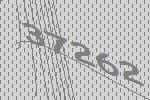
37262